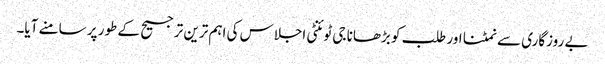
بے روزگاری سے نمٹنا اور طلب کو بڑھانا جی ٹوئنٹی اجلاس کی اہم ترین ترجیح کے طور پر سامنے آیا۔